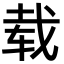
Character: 载